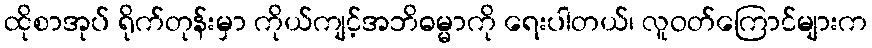
ထိုစာအုပ် ရိုက်တုန်းမှာ ကိုယ်ကျင့်အဘိဓမ္မာကို ရေးပါတယ်၊ လူဝတ်ကြောင်များက